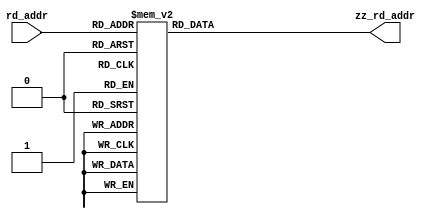
module m_zz_rom (
    rd_addr,
    zz_rd_addr
);


input [5:0] rd_addr;
output [5:0] zz_rd_addr;
reg [5:0] zz_rd_addr;






always @(rd_addr) begin: M_ZZ_ROM_RTL
    case (rd_addr)
        0: zz_rd_addr = 0;
        1: zz_rd_addr = 1;
        2: zz_rd_addr = 8;
        3: zz_rd_addr = 16;
        4: zz_rd_addr = 9;
        5: zz_rd_addr = 2;
        6: zz_rd_addr = 3;
        7: zz_rd_addr = 10;
        8: zz_rd_addr = 17;
        9: zz_rd_addr = 24;
        10: zz_rd_addr = 32;
        11: zz_rd_addr = 25;
        12: zz_rd_addr = 18;
        13: zz_rd_addr = 11;
        14: zz_rd_addr = 4;
        15: zz_rd_addr = 5;
        16: zz_rd_addr = 12;
        17: zz_rd_addr = 19;
        18: zz_rd_addr = 26;
        19: zz_rd_addr = 33;
        20: zz_rd_addr = 40;
        21: zz_rd_addr = 48;
        22: zz_rd_addr = 41;
        23: zz_rd_addr = 34;
        24: zz_rd_addr = 27;
        25: zz_rd_addr = 20;
        26: zz_rd_addr = 13;
        27: zz_rd_addr = 6;
        28: zz_rd_addr = 7;
        29: zz_rd_addr = 14;
        30: zz_rd_addr = 21;
        31: zz_rd_addr = 28;
        32: zz_rd_addr = 35;
        33: zz_rd_addr = 42;
        34: zz_rd_addr = 49;
        35: zz_rd_addr = 56;
        36: zz_rd_addr = 57;
        37: zz_rd_addr = 50;
        38: zz_rd_addr = 43;
        39: zz_rd_addr = 36;
        40: zz_rd_addr = 29;
        41: zz_rd_addr = 22;
        42: zz_rd_addr = 15;
        43: zz_rd_addr = 23;
        44: zz_rd_addr = 30;
        45: zz_rd_addr = 37;
        46: zz_rd_addr = 44;
        47: zz_rd_addr = 51;
        48: zz_rd_addr = 58;
        49: zz_rd_addr = 59;
        50: zz_rd_addr = 52;
        51: zz_rd_addr = 45;
        52: zz_rd_addr = 38;
        53: zz_rd_addr = 31;
        54: zz_rd_addr = 39;
        55: zz_rd_addr = 46;
        56: zz_rd_addr = 53;
        57: zz_rd_addr = 60;
        58: zz_rd_addr = 61;
        59: zz_rd_addr = 54;
        60: zz_rd_addr = 47;
        61: zz_rd_addr = 55;
        62: zz_rd_addr = 62;
        default: zz_rd_addr = 63;
    endcase
end

endmodule